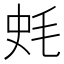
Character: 𣭂